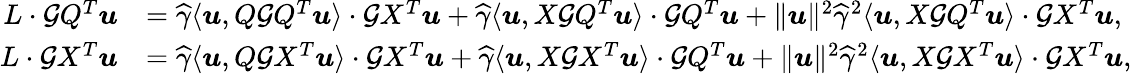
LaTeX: \begin{array}{rl}{L\cdot{\mathcal G}Q^{T}{\boldsymbol u}}&{=\widehat\gamma\langle{\boldsymbol u},Q{\mathcal G}Q^{T}{\boldsymbol u}\rangle\cdot{\mathcal G}X^{T}{\boldsymbol u}+\widehat\gamma\langle{\boldsymbol u},X{\mathcal G}Q^{T}{\boldsymbol u}\rangle\cdot{\mathcal G}Q^{T}{\boldsymbol u}+\| {\boldsymbol u}\| ^{2}\widehat\gamma^{2}\langle{\boldsymbol u},X{\mathcal G}Q^{T}{\boldsymbol u}\rangle\cdot{\mathcal G}X^{T}{\boldsymbol u},}\\ {L\cdot{\mathcal G}X^{T}{\boldsymbol u}}&{=\widehat\gamma\langle{\boldsymbol u},Q{\mathcal G}X^{T}{\boldsymbol u}\rangle\cdot{\mathcal G}X^{T}{\boldsymbol u}+\widehat\gamma\langle{\boldsymbol u},X{\mathcal G}X^{T}{\boldsymbol u}\rangle\cdot{\mathcal G}Q^{T}{\boldsymbol u}+\| {\boldsymbol u}\| ^{2}\widehat\gamma^{2}\langle{\boldsymbol u},X{\mathcal G}X^{T}{\boldsymbol u}\rangle\cdot{\mathcal G}X^{T}{\boldsymbol u},}\end{array}